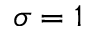
\sigma = 1